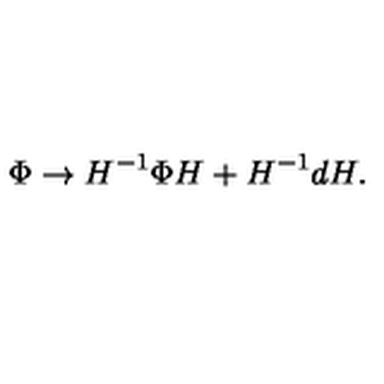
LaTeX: \Phi \rightarrow H ^ { - 1 } \Phi H + H ^ { - 1 } d H .